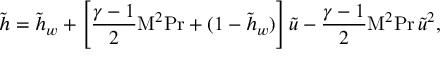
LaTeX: { \tilde { h } } = { \tilde { h } } _ { w } + \left[ { \frac { \gamma - 1 } { 2 } } \mathrm { M } ^ { 2 } \mathrm { P r } + ( 1 - { \tilde { h } } _ { w } ) \right] { \tilde { u } } - { \frac { \gamma - 1 } { 2 } } \mathrm { M } ^ { 2 } \mathrm { P r } \, { \tilde { u } } ^ { 2 } ,